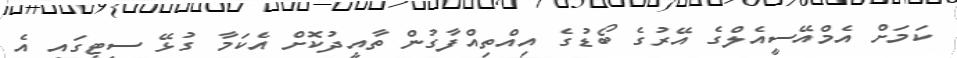
ކަމަށް އެމްއޭސީއެލްގެ އޭރުގެ ބޯޑުގެ އިއްތިއްފާގުން ތާއީދުކޮށް އެކަމާ ގުޅޭ ސިޓީގައި އެ